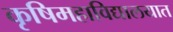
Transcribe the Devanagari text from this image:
कृषिमहाविद्यालयात